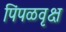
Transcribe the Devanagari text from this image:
पिंपळवृक्ष